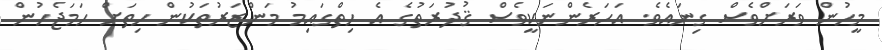
މީހުން ވަރަށްވެސް ގިނައެވެ. އަހަރެންނަކީވެސް ޤުދުރަތުގެ އެ ހިތްގައިމު މަންޒަރުތަކުން ހިތަށް ހަމަޖެހުން